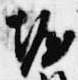
堀